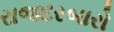
રાજદરબારો